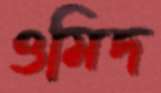
ওমিদ